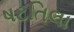
ષટતિલા